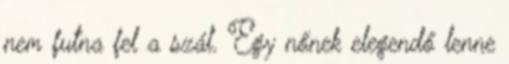
nem futna fel a szál. Egy nőnek elegendő lenne